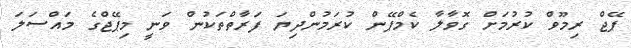
ޕޭޖް ރިމޫވް ކުރުމަށް ގޮވާލާ ކެމްޕޭން ކުރަމުންދިޔަ ފަރާތްތަކުން ވަނީ މިޕޭޖްގެ މައްސަލަ